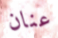
عنان